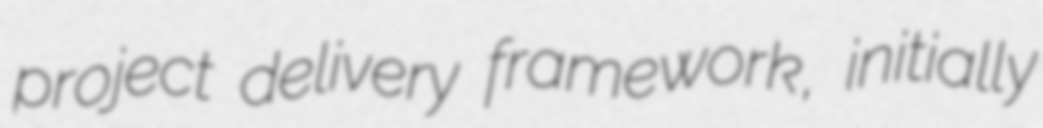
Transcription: project delivery framework, initially